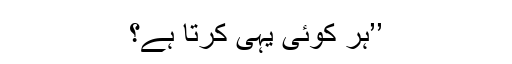
’’ہر کوئی یہی کرتا ہے؟